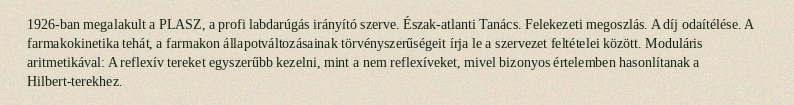
1926-ban megalakult a PLASZ, a profi labdarúgás irányító szerve. Észak-atlanti Tanács. Felekezeti megoszlás. A díj odaítélése. A farmakokinetika tehát, a farmakon állapotváltozásainak törvényszerűségeit írja le a szervezet feltételei között. Moduláris aritmetikával: A reflexív tereket egyszerűbb kezelni, mint a nem reflexíveket, mivel bizonyos értelemben hasonlítanak a Hilbert-terekhez.